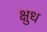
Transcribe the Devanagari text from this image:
क्षुध